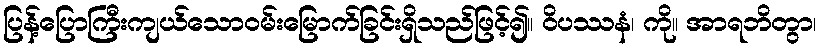
ပြန့်ပြောကြီးကျယ်သောဝမ်းမြောက်ခြင်းရှိသည်ဖြင့်၍။ ဝိပဿနံ၊ ကို။ အာရဘိတွာ၊